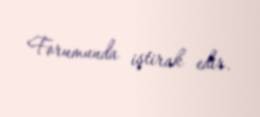
Forumunda iştirak edir.